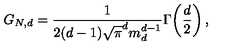
G _ { N , d } = \frac { 1 } { 2 ( d - 1 ) \sqrt { \pi } ^ { d } m _ { d } ^ { d - 1 } } \Gamma \! \left( \frac { d } { 2 } \right) ,